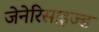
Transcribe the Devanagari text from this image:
जेनेरिसाइज्ड